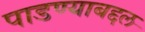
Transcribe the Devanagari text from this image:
पाडण्याबद्दल